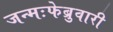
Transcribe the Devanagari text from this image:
जन्मःफेब्रुवारी